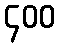
၄၀၀